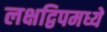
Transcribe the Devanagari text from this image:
लक्षद्विपमध्ये